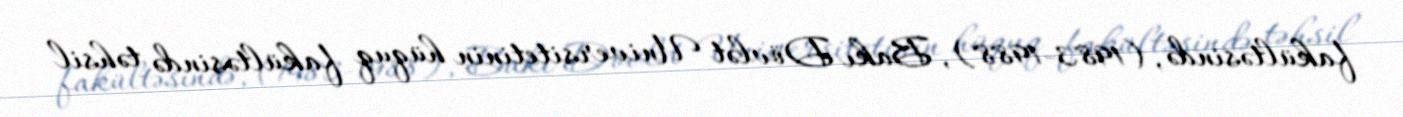
fakültəsində, (1983-1988), Bakı Dövlət Universitetinin hüquq fakültəsində təhsil